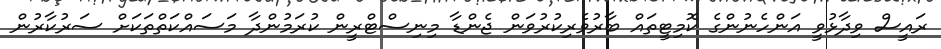
ރައީސް ވިދާޅުވީ އަންހެނުންގެ ކޮމިޓީތައް ބާރުވެރިކުރުވަން ޖެންޑާ މިނިސްޓްރީން ކުރަމުންދާ މަސައްކަތްތަކަށް ސަރުކާރުން